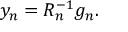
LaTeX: y _ { n } = R _ { n } ^ { - 1 } g _ { n } .